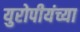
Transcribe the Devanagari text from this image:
युरोपीयंच्या